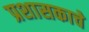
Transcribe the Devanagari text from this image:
प्रशासकाचे